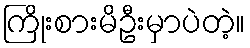
ကြိုးစားမိဦးမှာပဲတဲ့။